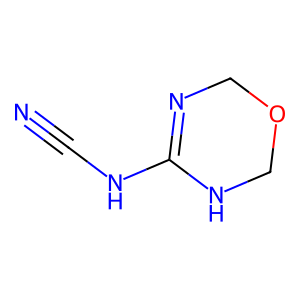
SMILES: N#CNC1=NCOCN1
Inhibits HIV replication: No